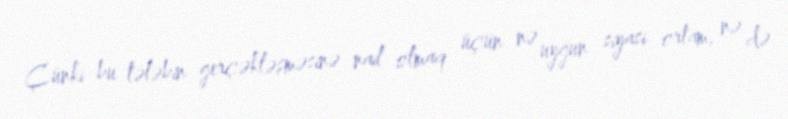
Çünki bu tələbin gerçəkləşməsinə nail olmaq üçün nə uyğun siyasi ortam, nə də